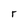
Character: r